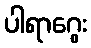
ပါရာဂွေး